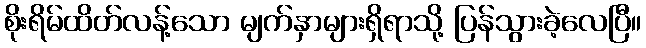
စိုးရိမ်ထိတ်လန့်သော မျက်နှာများရှိရာသို့ ပြန်သွားခဲ့လေပြီ။